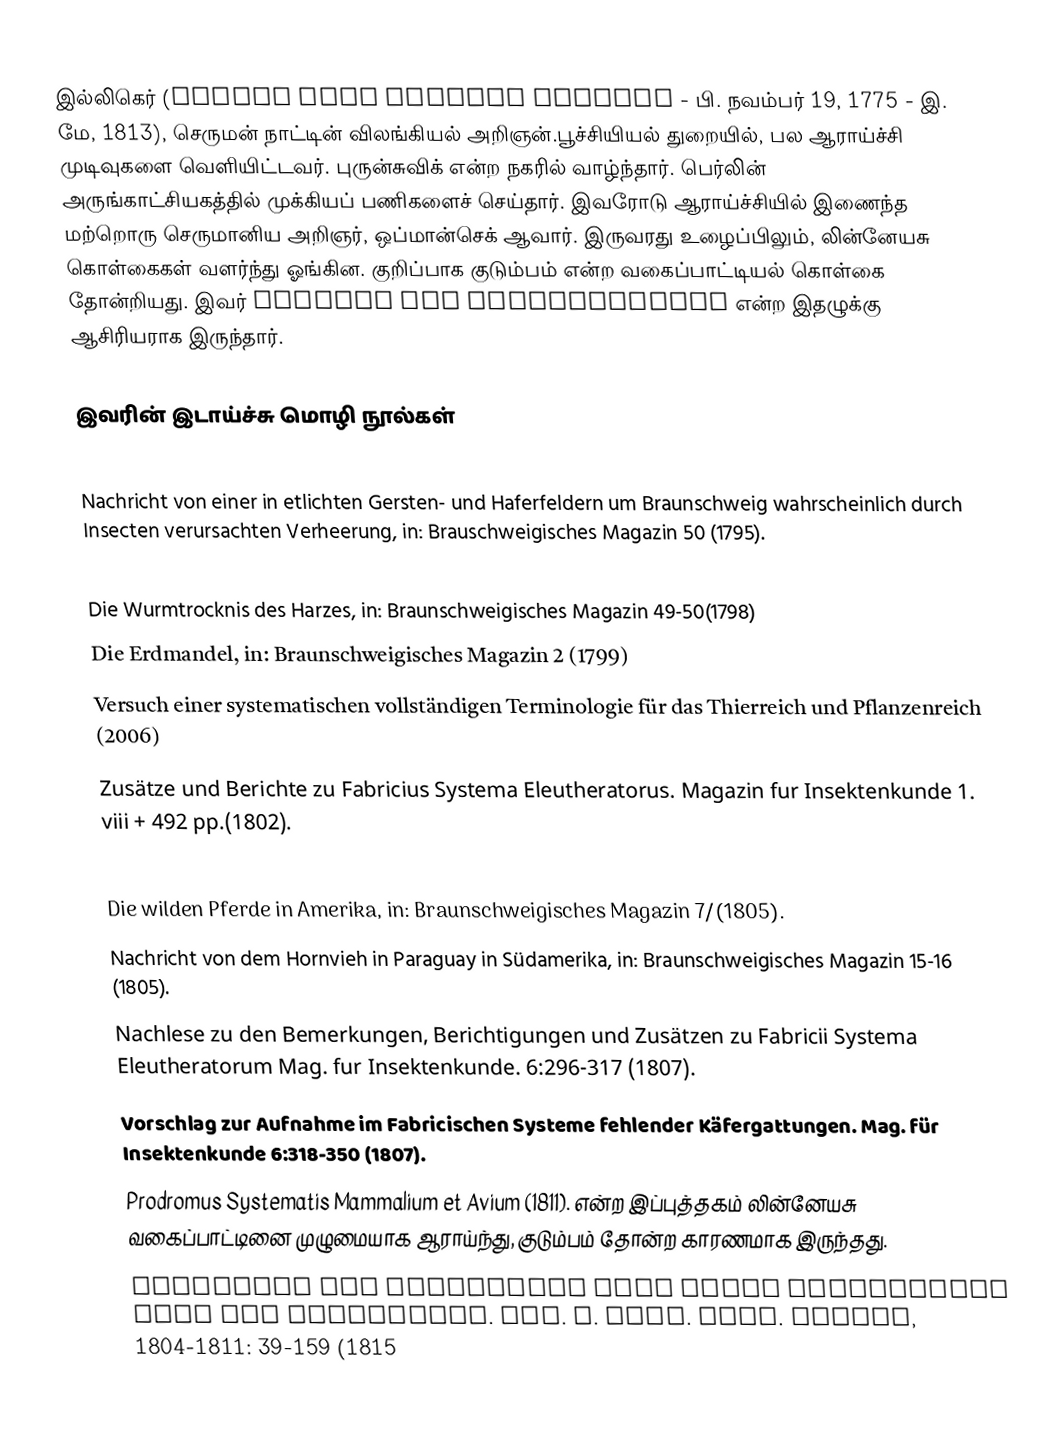
இல்லிகெர் (Johann Karl Wilhelm Illiger - பி. நவம்பர் 19, 1775 - இ. மே, 1813), செருமன் நாட்டின் விலங்கியல் அறிஞன்.பூச்சியியல் துறையில், பல ஆராய்ச்சி முடிவுகளை வெளியிட்டவர். புருன்சுவிக் என்ற நகரில் வாழ்ந்தார். பெர்லின் அருங்காட்சியகத்தில் முக்கியப் பணிகளைச் செய்தார். இவரோடு ஆராய்ச்சியில் இணைந்த மற்றொரு செருமானிய அறிஞர், ஒப்மான்செக் ஆவார். இருவரது உழைப்பிலும், லின்னேயசு கொள்கைகள் வளர்ந்து ஓங்கின. குறிப்பாக குடும்பம் என்ற வகைப்பாட்டியல் கொள்கை தோன்றியது. இவர் Magazin für Insektenkunde என்ற இதழுக்கு ஆசிரியராக இருந்தார்.

இவரின் இடாய்ச்சு மொழி நூல்கள்
 Beschreibung einiger neuer Käfer, in: Schneider's entomologisches Magazin (1794)
Nachricht von einer in etlichten Gersten- und Haferfeldern um Braunschweig wahrscheinlich durch Insecten verursachten Verheerung, in: Brauschweigisches Magazin 50 (1795).
Verzeichniß der Käfer Preußens. Entworfen von Johann Gottlieb Kugelann (1798)
Die Wurmtrocknis des Harzes, in: Braunschweigisches Magazin 49-50(1798)
Die Erdmandel, in: Braunschweigisches Magazin 2 (1799)
Versuch einer systematischen vollständigen Terminologie für das Thierreich und Pflanzenreich (2006)
Zusätze und Berichte zu Fabricius Systema Eleutheratorus. Magazin fur Insektenkunde 1. viii + 492 pp.(1802).
Über die südamerikanischen Gürtelthiere, in: Wiedemann's Archiv für die Zoologie (1804).
Die wilden Pferde in Amerika, in: Braunschweigisches Magazin 7/(1805).
Nachricht von dem Hornvieh in Paraguay in Südamerika, in: Braunschweigisches Magazin 15-16 (1805).
Nachlese zu den Bemerkungen, Berichtigungen und Zusätzen zu Fabricii Systema Eleutheratorum Mag. fur Insektenkunde. 6:296-317 (1807).
Vorschlag zur Aufnahme im Fabricischen Systeme fehlender Käfergattungen. Mag. für Insektenkunde 6:318-350 (1807).
Prodromus Systematis Mammalium et Avium (1811). என்ற இப்புத்தகம்  லின்னேயசு வகைப்பாட்டினை முழுமையாக ஆராய்ந்து, குடும்பம் தோன்ற காரணமாக இருந்தது.
Überblick der Säugthiere nach ihrer Vertheilung über die Welttheile. Abh. K. Akad. Wiss. Berlin, 1804-1811: 39-159 (1815